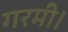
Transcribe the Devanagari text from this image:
गरमी।